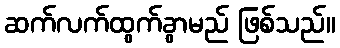
ဆက်လက်ထွက်ခွာမည် ဖြစ်သည်။